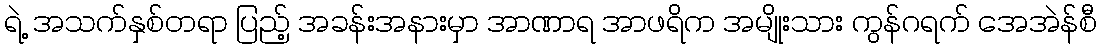
ရဲ့ အသက်နှစ်တရာ ပြည့် အခန်းအနားမှာ အာဏာရ အာဖရိက အမျိုးသား ကွန်ဂရက် အေအဲန်စီ